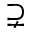
\supsetneq